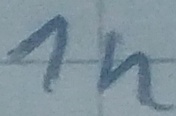
Text: 1n